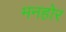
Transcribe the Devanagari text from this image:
मनहोर